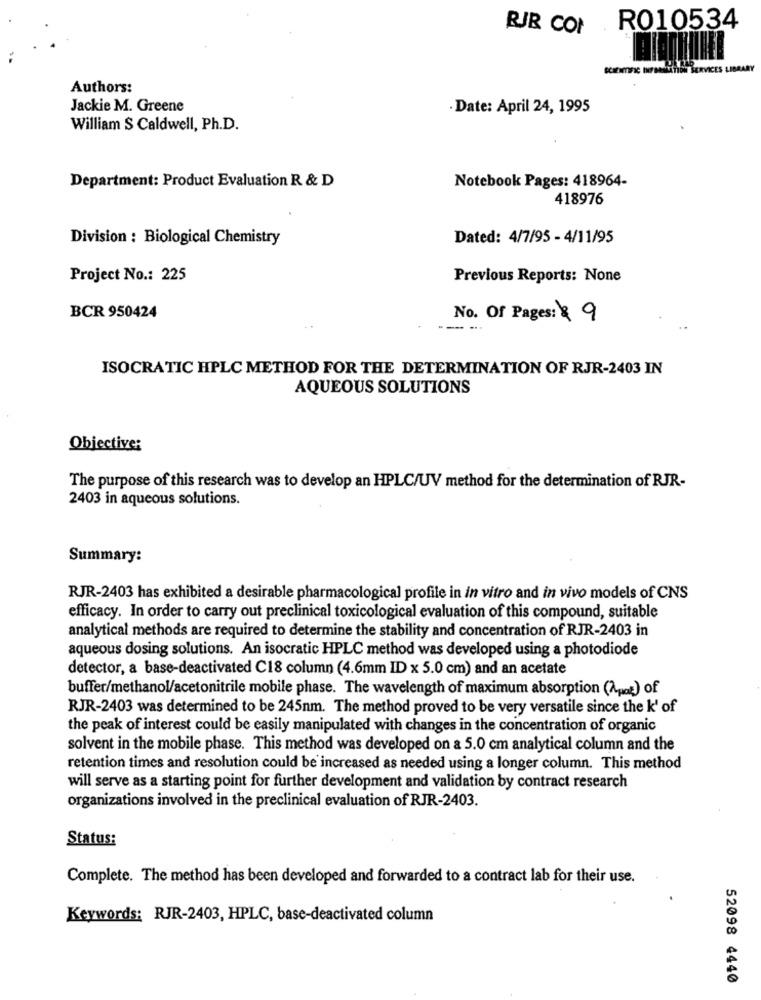
RIB COI
R010534
RVICES
Authors:
Jackie M. Greene
· Date: April 24, 1995
William S Caldwell, Ph.D.
Department: Product Evaluation R & D
Notebook Pages: 418964-
418976
Division : Biological Chemistry
Dated: 4/7/95 - 4/11/95
Project No .: 225
Previous Reports: None
BCR 950424
No. Of Pages: $ 9
ISOCRATIC HPLC METHOD FOR THE DETERMINATION OF RJR-2403 IN
AQUEOUS SOLUTIONS
Objective:
The purpose of this research was to develop an HPLC/UV method for the determination of RJR-
2403 in aqueous solutions.
Summary:
RJR-2403 has exhibited a desirable pharmacological profile in in vitro and in vivo models of CNS
efficacy. In order to carry out preclinical toxicological evaluation of this compound, suitable
analytical methods are required to determine the stability and concentration of RJR-2403 in
aqueous dosing solutions. An isocratic HPLC method was developed using a photodiode
detector, a base-deactivated C18 column (4.6mm ID x 5.0 cm) and an acetate
buffer/methanol/acetonitrile mobile phase. The wavelength of maximum absorption (Apo!) of
RJR-2403 was determined to be 245nm. The method proved to be very versatile since the k' of
the peak of interest could be easily manipulated with changes in the concentration of organic
solvent in the mobile phase. This method was developed on a 5.0 cm analytical column and the
retention times and resolution could be increased as needed using a longer column. This method
will serve as a starting point for further development and validation by contract research
organizations involved in the preclinical evaluation of RJR-2403.
Status:
Complete. The method has been developed and forwarded to a contract lab for their use.
Keywords: RJR-2403, HPLC, base-deactivated column
52098 4440